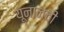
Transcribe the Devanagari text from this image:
यूनानची